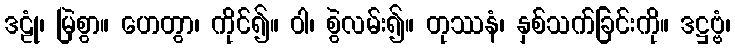
ဒဠုံ၊ မြဲစွာ။ ဟေတွာ၊ ကိုင်၍။ ဝါ၊ စွဲလမ်း၍။ တုဿနံ၊ နှစ်သက်ခြင်းကို။ ဒဋ္ဌဗ္ဗံ၊